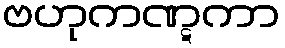
ဗဟုကဏ္ဋကာ